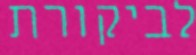
לביקורת